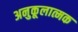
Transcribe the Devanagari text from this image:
अनुकूलात्मक